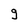
Character: g